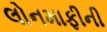
લોનમાફીની